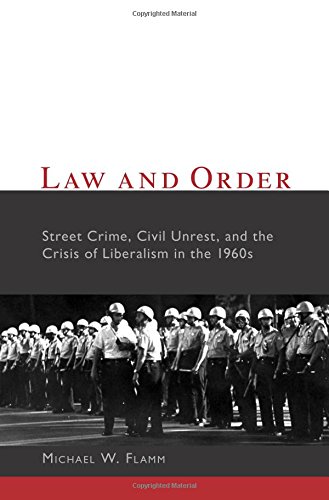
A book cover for Law and Order: Street Crime, Civil Unrest, and the Crisis of Liberalism in the 1960s (Columbia Studies in Contemporary American History); Michael W. Flamm; Law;